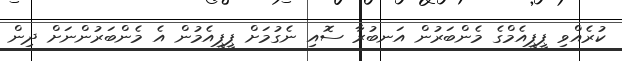
ކުރެއްވި ޕީޕީއެމްގެ މެންބަރުން އަނބުރާ ސޮއި ނެގުމަށް ޕީޕީއެމުން އެ މެންބަރުންނަށް ދިން